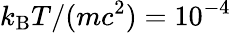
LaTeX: k_{\mathrm{B}}T/(mc^{2})=10^{-4}